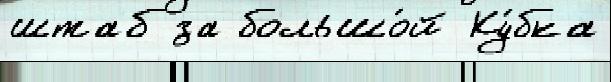
штаб за большо́й Ку́бка